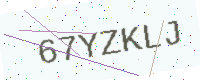
Text: 67YZKLJ